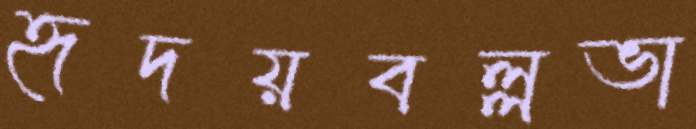
হৃদয়বল্লভা